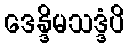
ဒေန္ဒိမသဒ္ဒံပိ